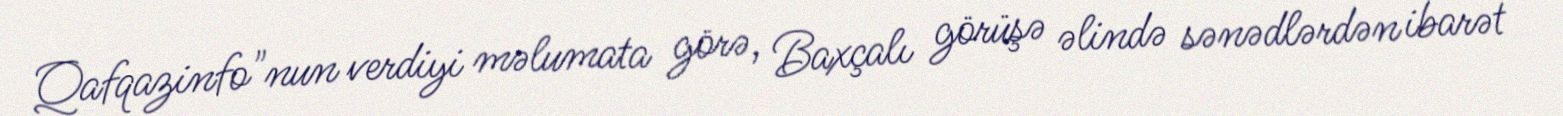
Qafqazinfo"nun verdiyi məlumata görə, Baxçalı görüşə əlində sənədlərdən ibarət